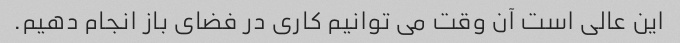
این عالی است آن وقت می توانیم کاری در فضای باز انجام دهیم.